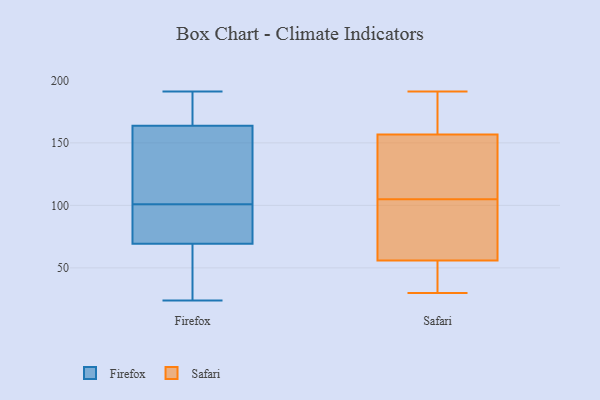
{"axis": {"x": "LTV (USD)", "y": "Value"}, "legend": ["Firefox", "Safari"], "data": [{"x": "", "y": 63, "type": "Firefox"}, {"x": "", "y": 34, "type": "Firefox"}, {"x": "", "y": 88, "type": "Firefox"}, {"x": "", "y": 24, "type": "Firefox"}, {"x": "", "y": 99, "type": "Firefox"}, {"x": "", "y": 108, "type": "Firefox"}, {"x": "", "y": 175, "type": "Firefox"}, {"x": "", "y": 191, "type": "Firefox"}, {"x": "", "y": 130, "type": "Firefox"}, {"x": "", "y": 188, "type": "Firefox"}, {"x": "", "y": 101, "type": "Firefox"}, {"x": "", "y": 191, "type": "Safari"}, {"x": "", "y": 113, "type": "Safari"}, {"x": "", "y": 179, "type": "Safari"}, {"x": "", "y": 89, "type": "Safari"}, {"x": "", "y": 55, "type": "Safari"}, {"x": "", "y": 74, "type": "Safari"}, {"x": "", "y": 132, "type": "Safari"}, {"x": "", "y": 115, "type": "Safari"}, {"x": "", "y": 168, "type": "Safari"}, {"x": "", "y": 165, "type": "Safari"}, {"x": "", "y": 34, "type": "Safari"}, {"x": "", "y": 45, "type": "Safari"}, {"x": "", "y": 165, "type": "Safari"}, {"x": "", "y": 86, "type": "Safari"}, {"x": "", "y": 105, "type": "Safari"}, {"x": "", "y": 30, "type": "Safari"}, {"x": "", "y": 118, "type": "Safari"}, {"x": "", "y": 45, "type": "Safari"}, {"x": "", "y": 59, "type": "Safari"}]}